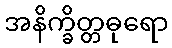
အနိက္ခိတ္တဓုရော